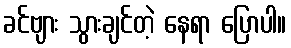
ခင်ဗျား သွားချင်တဲ့ နေရာ ပြောပါ။